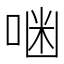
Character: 𠶑